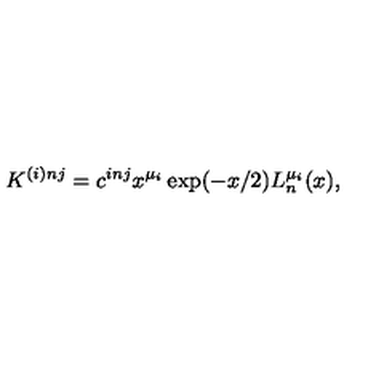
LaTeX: K ^ { ( i ) n j } = c ^ { i n j } x ^ { \mu _ { i } } \exp ( - x / 2 ) L _ { n } ^ { \mu _ { i } } ( x ) ,